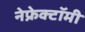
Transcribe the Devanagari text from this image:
नेफ्रेक्टॉमी